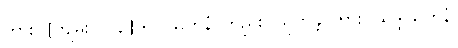
ကား။ [ကျမ်း ၁၀၃] ရူပါယတနံ၊ တည်း။ သုတန္တိ၊ ကား။ သဒ္ဒါယတနံ၊